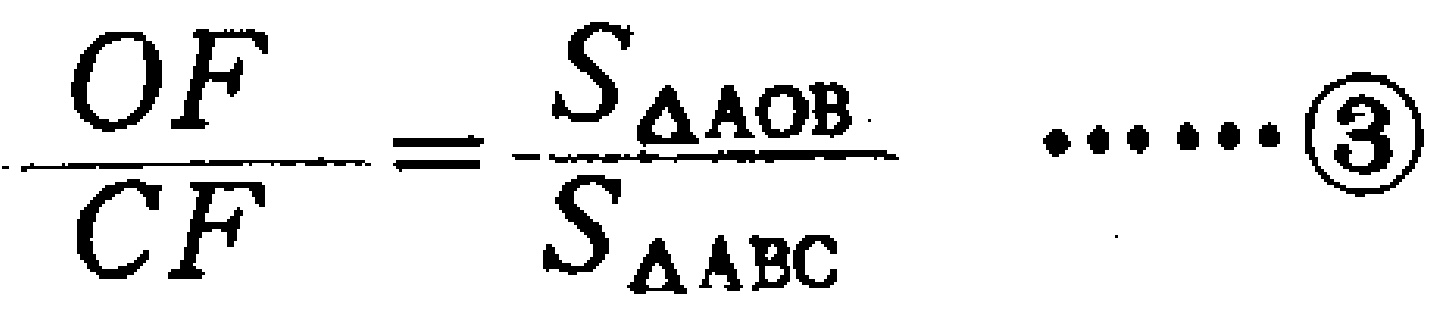
\(\frac{OF}{CF}=\frac{S_{\triangle AOB}}{S_{\triangle ABC}}\cdots\cdots\textcircled{3}\)